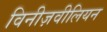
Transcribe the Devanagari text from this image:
विनीज़वीलियन